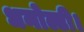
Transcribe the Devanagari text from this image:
धनोल्टी।